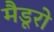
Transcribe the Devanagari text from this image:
मैडूरो